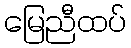
မြေညီထပ်